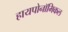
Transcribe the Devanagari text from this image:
हायपोनॉमिकल